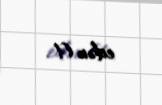
edən (!.